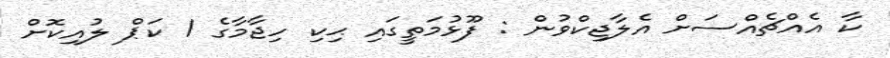
ކާ އެއްޗެއްސަށް އެލާޖިކްވުން : ފޫޅުމަތީގައި ޙިކި ހިޖާމާގެ 1 ކަޕް ލުއިކޮށް